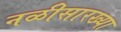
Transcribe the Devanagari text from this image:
नळीसारख्या